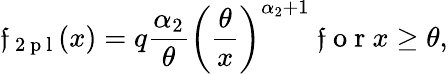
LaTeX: \mathfrak{f}_{\mathrm{{~2~p~l~}}}(x)=q\frac{{\alpha_{2}}}{{\theta}}\left(\frac{\theta}{x}\right)^{\alpha_{2}+1}\mathrm{{~\mathfrak{f}~o~r~}}x\ge\theta,